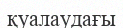
қуалаудағы